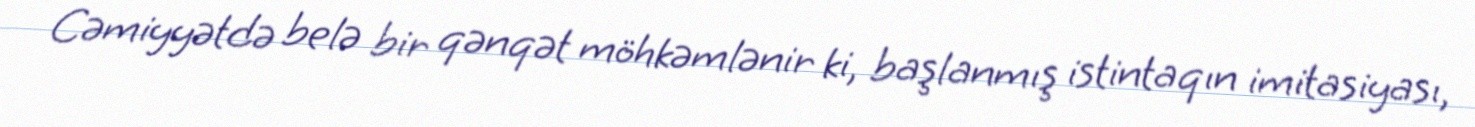
Cəmiyyətdə belə bir qənqət möhkəmlənir ki, başlanmış istintaqın imitasiyası,